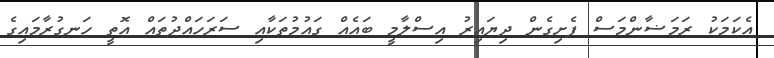
އެކަމަކު ރަމަޟާންމަސް ފެށިގެން ދިޔައިރު އިސްލާމީ ބައެއް ގައުމުތަކާއި ސަރަހައްދުތައް އޮތީ ހަނގުރާމައިގެ